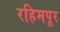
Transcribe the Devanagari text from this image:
रहिमपूर